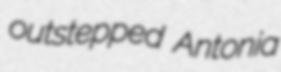
outstepped Antonia